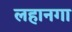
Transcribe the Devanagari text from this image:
लहानगा